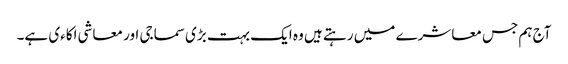
آج ہم جس معاشرے میں رہتے ہیں وہ ایک بہت بڑی سماجی اور معاشی اکاءی ہے۔